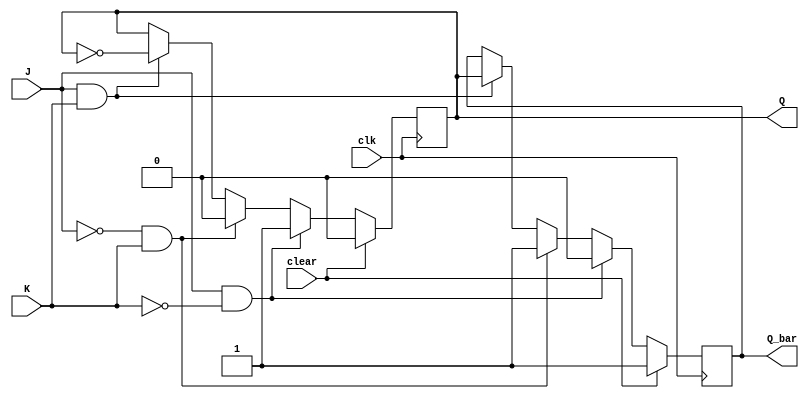
module negedge_JK_ff(
    input J,
    input K,
    input clk,
    input clear,
    output reg Q,
    output reg Q_bar
);

reg Q_next;
reg Q_bar_next;

always@(negedge clk) begin
    if(clear) begin
        Q <= 1'b0;
        Q_bar <= 1'b1;
    end
    else begin
        if(J & ~K) begin
            Q_next = 1'b1;
            Q_bar_next = 1'b0;
        end
        else if(~J & K) begin
            Q_next = 1'b0;
            Q_bar_next = 1'b1;
        end
        else if(J & K) begin
            Q_next = ~Q;
            Q_bar_next = Q;
        end
        else begin
            Q_next = Q;
            Q_bar_next = Q_bar;
        end
        Q <= Q_next;
        Q_bar <= Q_bar_next;
    end
end

endmodule